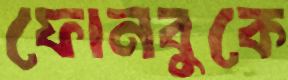
ফোনবুকে